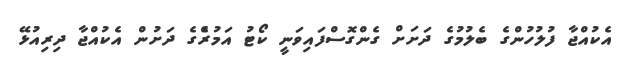
އެކުއްޖާ ފުލުހުންގެ ބެލުމުގެ ދަށަށް ގެންގޮސްފައިވަނީ ކޯޓު އަމުރެްގެ ދަށުން އެކުއްޖާ ދިރިއުޅޭ